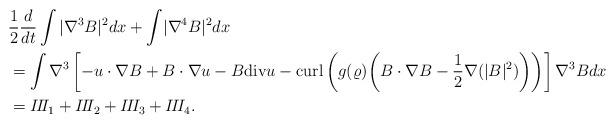
LaTeX: \begin{align*}\begin{aligned}&\frac{1}{2}\frac{d}{dt}\int |\nabla^3 B|^2 dx+\int \!|\nabla^4 B|^2 dx\\&=\int \nabla^3\left[-u\cdot \nabla B+B\cdot \nabla u-B{\rm div}u-{\rm curl}\left(g(\varrho)\!\left(B\cdot \nabla B-\frac{1}{2}\nabla(|B|^2)\right)\right)\right]\nabla^3 B dx\\&=I\!I\!I_1+I\!I\!I_2+I\!I\!I_3+I\!I\!I_4.\end{aligned}\end{align*}